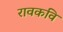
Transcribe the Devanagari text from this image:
रावकवि